Lunatic asylums United Provinces 1899-1908 - 1899-1908
Year: 1899
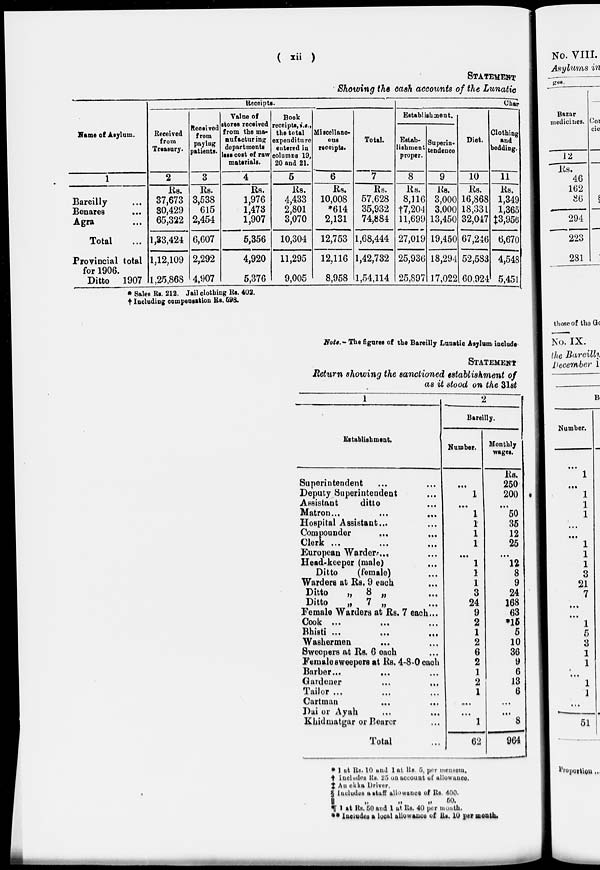
( xii )
STATEMENT
Showing the cash accounts of the Lunatic
Name of Asylum.
1
Bareilly ...
Benares ...
Agra ...
Total ...
Provincial total
for 1906.
Ditto 1907
Receipts.
Received
from
Treasury.
2
Rs.
37,673
30,429
65,322
1,33,424
1,12,109
1,25,868
Received
from
paying
patients.
3
Rs.
3,538
615
2,454
6,607
2,292
4,907
Value of
stores received
from the ma-
nufacturing
departments
less cost of raw
materials.
4
Rs.
1,976
1,473
1,907
5,356
4,920
5,376
Book
receipts, i.e.,
the total
expenditure
entered in
columns 19,
20 and 21.
5
Rs.
4,433
2,801
3,070
10,304
11,295
9,005
Char
Miscellane-
ous
receipts.
6
Rs.
10,008
*614
2,131
12,753
12,116
8,958
Total.
7
Rs.
57,628
35,932
74,884
1,68,444
1,42,732
1,54,114
Establishment.
Estab-
lishment
proper.
8
Rs.
8,116
†7,204
11,699
27,019
25,936
25,897
Superin-
tendence
9
Rs.
3,000
3,000
13,450
19,450
18,294
17,022
Diet.
10
Rs.
16,868
18,331
32,047
67,246
52,583
60,924
Clothing
and
bedding.
11
Rs.
1,349
1,365
‡3,956
6,670
4,548
5,451
*Sales Its. 212. Jail clothing Rs. 402.
† Including compensation Rs. 598.
Note.- The figures of the Bareilly Lunatic Asylum include
STATEMENT
Return showing the sanctioned establishment of
as it stood on the 31st
1
Establishment.
Superintendent ... ...
Deputy Superintendent
...
Assistant
ditto ...
Matron
...
...
...
Hospital Assistant ... ...
Compounder ... ...
Clerk
...
...
...
European Warders ... ...
Head-keeper (male) ...
Ditto
(female) ...
Warders at Rs. 9 each ...
Ditto
„ 8 „ ...
Ditto
„ 7 „ ...
Female Warders at Rs. 7 each...
Cook ... ... ...
Bhisti
...
...
...
Washermen ... ...
Sweepers at Rs. 6 each ...
Female sweepers at Rs. 4-8-0 each
Barber ... ... ...
Gardener ... ... ...
Tailor ... ... ...
Cartman ... ...
Dui or Ayah ... ...
Khidmatgar or Bearer ...
Total ...
2
Bareilly.
Number.
…
1
…
1
1
1
1
…
1
1
1
3
24
9
2
1
2
6
2
1
2
1
…
…
1
62
Monthly
wages.
Rs.
250
200
…
50
35
12
25
...
12
8
9
24
168
63
*15
6
10
36
9
6
13
6
...
...
8
964
* 1 at Rs. 10 and 1 at Rs 5, per mensem,
† Includes Rs. 25 on account of allowance.
‡ Au ekka Driver.
§ Includes a stuff allowance of Rs. 400.
||
„
„
„
50.
¶ 1 at Rs. 50 and 1 at Rs. 40 per month.
** Include a local allowance of Rs. 10 per month.